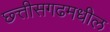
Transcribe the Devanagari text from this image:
छ्त्तीसगढमधील